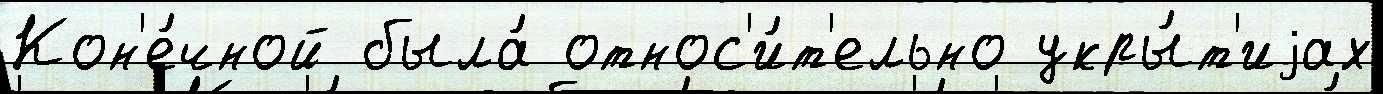
Кон'е́чной была́ относ'и́т'ельно укры́т'иjах